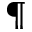
^ { \mathparagraph }